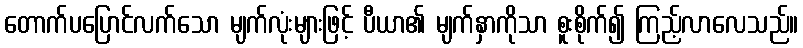
တောက်ပပြောင်လက်သော မျက်လုံးများဖြင့် ပီယာ၏ မျက်နှာကိုသာ စူးစိုက်၍ ကြည့်လာလေသည်။